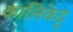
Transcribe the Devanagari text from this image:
कालिकेट्टु